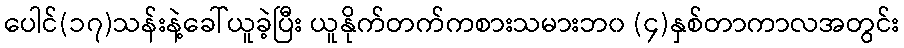
ပေါင်(၁၇)သန်းနဲ့ခေါ်ယူခဲ့ပြီး ယူနိုက်တက်ကစားသမားဘ၀ (၄)နှစ်တာကာလအတွင်း